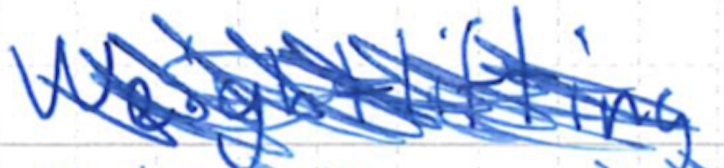
Text: Weightlifting
Cross-out: scratch
Writing tool: ballpoint